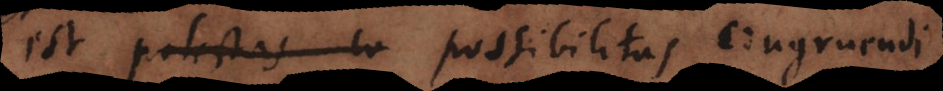
est potestas co possibilitas congruendi